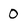
Character: 0